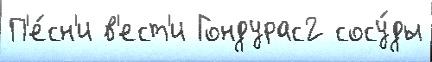
П'е́сн'и в'ест'и Гондурас2 сосу́ды